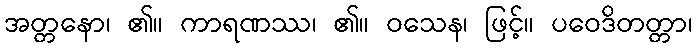
အတ္တနော၊ ၏။ ကာရဏဿ၊ ၏။ ဝသေန၊ ဖြင့်။ ပဝေဒိတတ္တာ၊